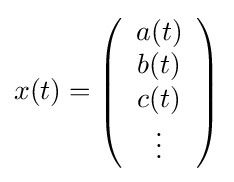
x(t)=\left({\begin{array}{c}a(t)\\b(t)\\c(t)\\\vdots \end{array}}\right)